Proceedings of the meeting of veterinary officers in India
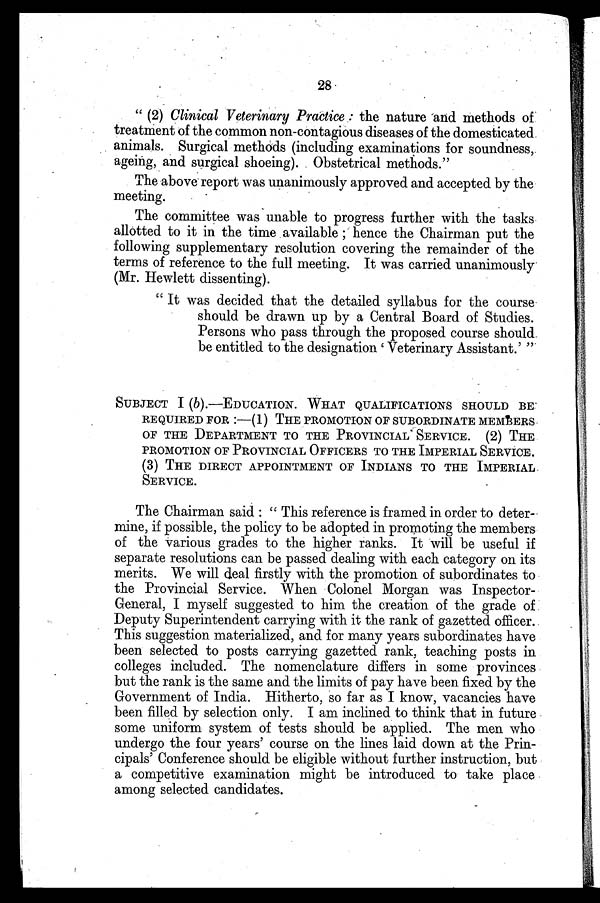
28
"(2) Clinical Veterinary Practice: the nature and methods of
treatment of the common non-contagious diseases of the domesticated
animals. Surgical methods (including examinations for soundness,
ageing, and surgical shoeing). Obstetrical methods."
The above report was unanimously approved and accepted by the
meeting.
The committee was unable to progress further with the tasks
allotted to it in the time available; hence the Chairman put the
following supplementary resolution covering the remainder of the
terms of reference to the full meeting. It was carried unanimously
(Mr. Hewlett dissenting).
"It was decided that the detailed syllabus for the course
should be drawn up by a Central Board of Studies.
Persons who pass through the proposed course should
be entitled to the designation 'Veterinary Assistant.' "
SUBJECT I (b).—EDUCATION. WHAT QUALIFICATIONS SHOULD BE
REQUIRED FOR:—(1) THE PROMOTION OF SUBORDINATE MEMBERS
OF THE DEPARTMENT TO THE PROVINCIAL SERVICE. (2) THE
PROMOTION OF PROVINCIAL OFFICERS TO THE IMPERIAL SERVICE.
(3) THE DIRECT APPOINTMENT OF INDIANS TO THE IMPERIAL
SERVICE.
The Chairman said: "This reference is framed in order to deter-
mine, if possible, the policy to be adopted in promoting the members
of the various grades to the higher ranks. It will be useful if
separate resolutions can be passed dealing with each category on its
merits. We will deal firstly with the promotion of subordinates to
the Provincial Service. When Colonel Morgan was Inspector-
General, I myself suggested to him the creation of the grade of
Deputy Superintendent carrying with it the rank of gazetted officer.
This suggestion materialized, and for many years subordinates have
been selected to posts carrying gazetted rank, teaching posts in
colleges included. The nomenclature differs in some provinces
but the rank is the same and the limits of pay have been fixed by the
Government of India. Hitherto, so far as I know, vacancies have
been filled by selection only. I am inclined to think that in future
some uniform system of tests should be applied. The men who
undergo the four years' course on the lines laid down at the Prin-
cipals' Conference should be eligible without further instruction, but
a competitive examination might be introduced to take place
among selected candidates.